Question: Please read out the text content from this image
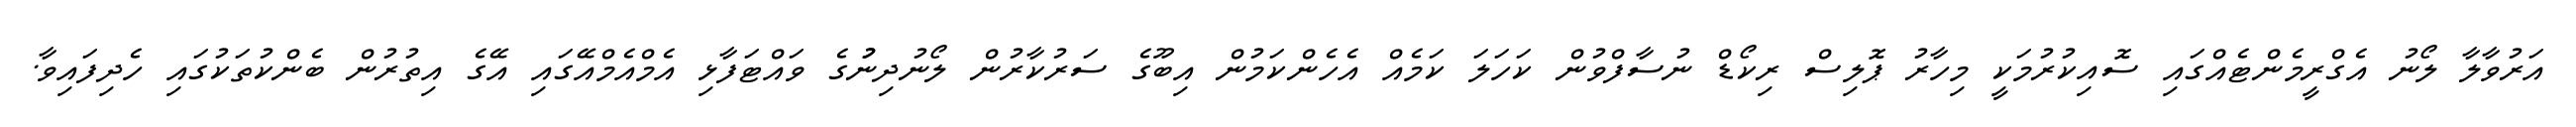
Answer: އަރުވާލާ ލޯނު އެގްރީމެންޓެއްގައި ސޮއިކުރުމަކީ މިހާރު ޕޮލިސް ރިކޯޑް ނުސާފްވުން ކަހަލަ ކަމެއް އެހެންކަމުން އިބޫގެ ސަރުކާރުން ލޯނުދިނުުގެ ވައްޓަފާޅި އެމްއެމްއޭގައި އޭގެ އިތުރުން ބެންކުތަކުގައި ހެދިފައިވާ.